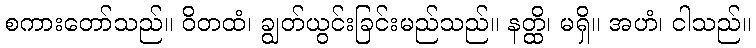
စကားတော်သည်။ ဝိတထံ၊ ချွတ်ယွင်းခြင်းမည်သည်။ နတ္ထိ၊ မရှိ။ အဟံ၊ ငါသည်။